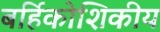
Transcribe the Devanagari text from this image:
बर्हिकोशिकीय